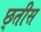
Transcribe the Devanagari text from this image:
छ्तीस